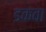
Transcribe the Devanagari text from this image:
डकवा